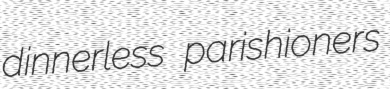
dinnerless parishioners